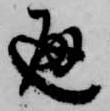
返